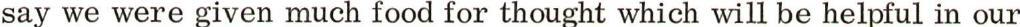
say we were given much food for thought which will be helpful in our